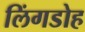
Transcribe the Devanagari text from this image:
लिंगडोह